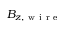
B _ { z , \mathrm { ~ w ~ i ~ r ~ e ~ } }